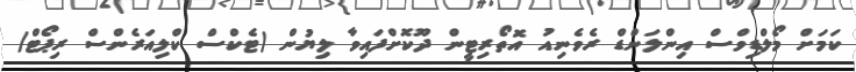
ކަމަށް މޯލްޑިވްސް އިންލަންޑް ރެވެނިއު އޮތޯރިޓީން ދޫކޮށްފައިވާ ލިޔުން (ޓެކްސް ކްލިއަރެންސް ރިޕޯޓް)